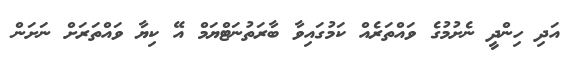
އަދި ހިންދީ ނެށުމުގެ ވައްތަރެއް ކަމުގައިވާ ބާރަތުނަޓްޔަމް އޭ ކިޔާ ވައްތަރަށް ނަށަން